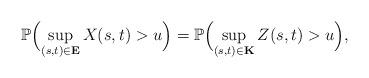
LaTeX: \begin{align*} \mathbb{P} \Bigl( \sup_{(s,t)\in\mathbf{E}}X(s,t)>u \Bigr) =\mathbb{P} \Bigl( \sup_{(s,t)\in\mathbf{K}}Z(s,t) >u \Bigr) ,\end{align*}